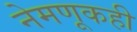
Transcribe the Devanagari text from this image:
नेमणूकही